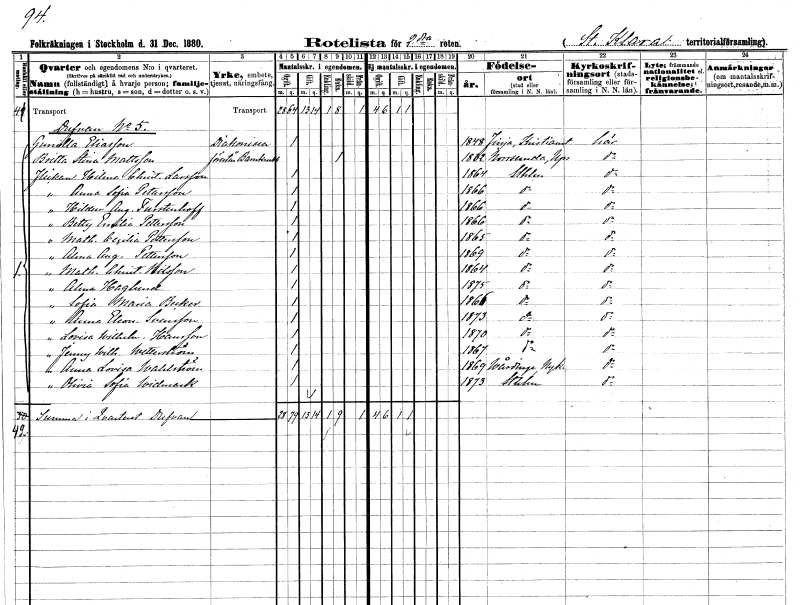
gt_parse: households: individuals: FN: Gunilla
EN: Eliasson
YRKE: Diakonissa
KON: K
CIV: O
FODAR: 1848
FODFORS: Finja Kristianstads län
FN: Britta Stina
EN: Mattsson
YRKE: Barnkrubbeförestånderska
KON: K
CIV: E
FODAR: 1832
FODFORS: Norrsunda Stockholms län
FN: Hilma Christina
EN: Larsson
KON: K
CIV: O
FODAR: 1864
FODFORS: Stockholm
FN: Anna Sofia
EN: Pettersson
KON: K
CIV: O
FODAR: 1866
FODFORS: Stockholm
FN: Hildur Augusta
EN: Furstenhoff
KON: K
CIV: O
FODAR: 1866
FODFORS: Stockholm
FN: Betty Emilia
EN: Pettersson
KON: K
CIV: O
FODAR: 1866
FODFORS: Stockholm
FN: Mathilda Cecilia
EN: Pettersson
KON: K
CIV: O
FODAR: 1865
FODFORS: Stockholm
FN: Alma Augusta
EN: Pettersson
KON: K
CIV: O
FODAR: 1869
FODFORS: Stockholm
FN: Mathilda Christina
EN: Nilsson
KON: K
CIV: O
FODAR: 1864
FODFORS: Stockholm
FN: Alma
EN: Haglund
KON: K
CIV: O
FODAR: 1875
FODFORS: Stockholm
FN: Sofia Maria
EN: Becker
KON: K
CIV: O
FODAR: 1866
FODFORS: Stockholm
FN: Anna Eleonora
EN: Svensson
KON: K
CIV: O
FODAR: 1873
FODFORS: Stockholm
FN: Lovisa Wilhelmina
EN: Hansson
KON: K
CIV: O
FODAR: 1870
FODFORS: Stockholm
FN: Jenny Wilhelmina
EN: Wetterström
KON: K
CIV: O
FODAR: 1867
FODFORS: Stockholm
FN: Anna Lovisa
EN: Wahlström
KON: K
CIV: O
FODAR: 1869
FODFORS: Vårdinge Stockholms län
FN: Olivia Sofia
EN: Widmark
KON: K
CIV: O
FODAR: 1873
FODFORS: Stockholm